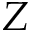
Z